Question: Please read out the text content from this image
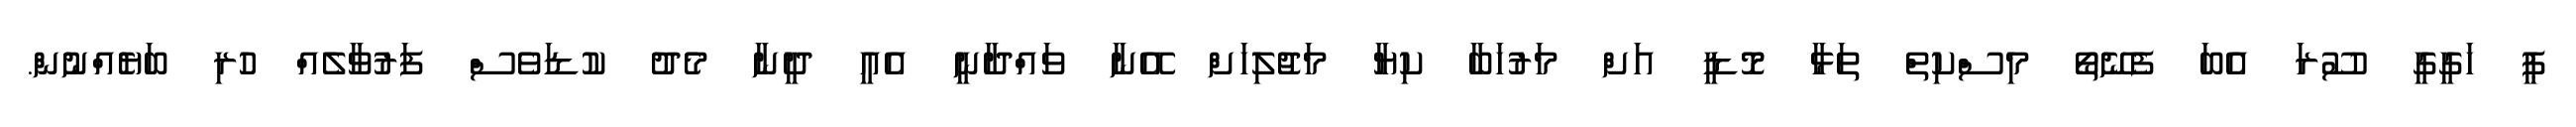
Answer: ޕީ ހަގީގީ ސޫރަ އެބަ ފެނޭތޯ މިސްކިތް ތަޅާ މޮޑީ އަށް މަރުހަބާ ކިޔާ މަޖުލިހަށް އޭނާ ވައްދާނީ އެއީ ދީނާ މެދު ކުޑަވެސް ފަރުވާލެއް ހުރި ބަޔެއްނުން.